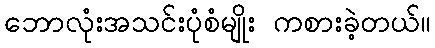
ဘောလုံးအသင်းပုံစံမျိုး ကစားခဲ့တယ်။